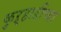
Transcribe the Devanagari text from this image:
कुऱ्हाडींच्या